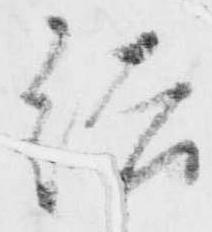
結